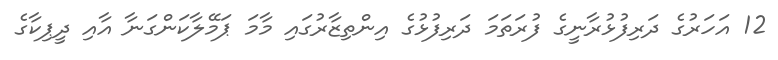
12 އަހަރުގެ ދަރިފުޅުރާނީގެ ފުރަތަމަ ދަރިފުޅުގެ އިންތިޒާރުގައި މާމަ ޕަމޭލާކަންގަނާ އާއި ދީޕިކާގެ